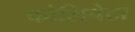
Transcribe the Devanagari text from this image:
फोलिपेटा